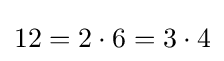
12=2\cdot 6=3\cdot 4